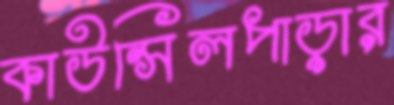
কাউন্সিলপাড়ার